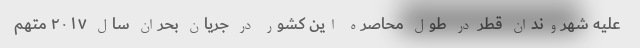
علیه شهروندان قطر در طول محاصره این کشور در جریان بحران سال ۲۰۱۷ متهم